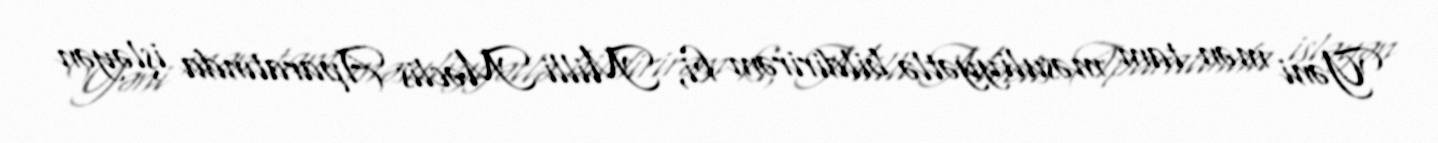
Yəni mən tam məsuliyyətlə bildirirəm ki, Milli Məclis Aparatında işləyən